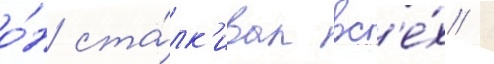
о́н ста́лк'ивал вс'е́х /